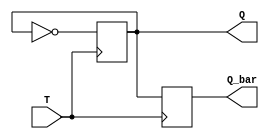
module T_flip_flop (
    input T,
    output reg Q,
    output reg Q_bar
);

always @ (posedge T) begin
    Q <= ~Q;
    Q_bar <= Q;
end

endmodule